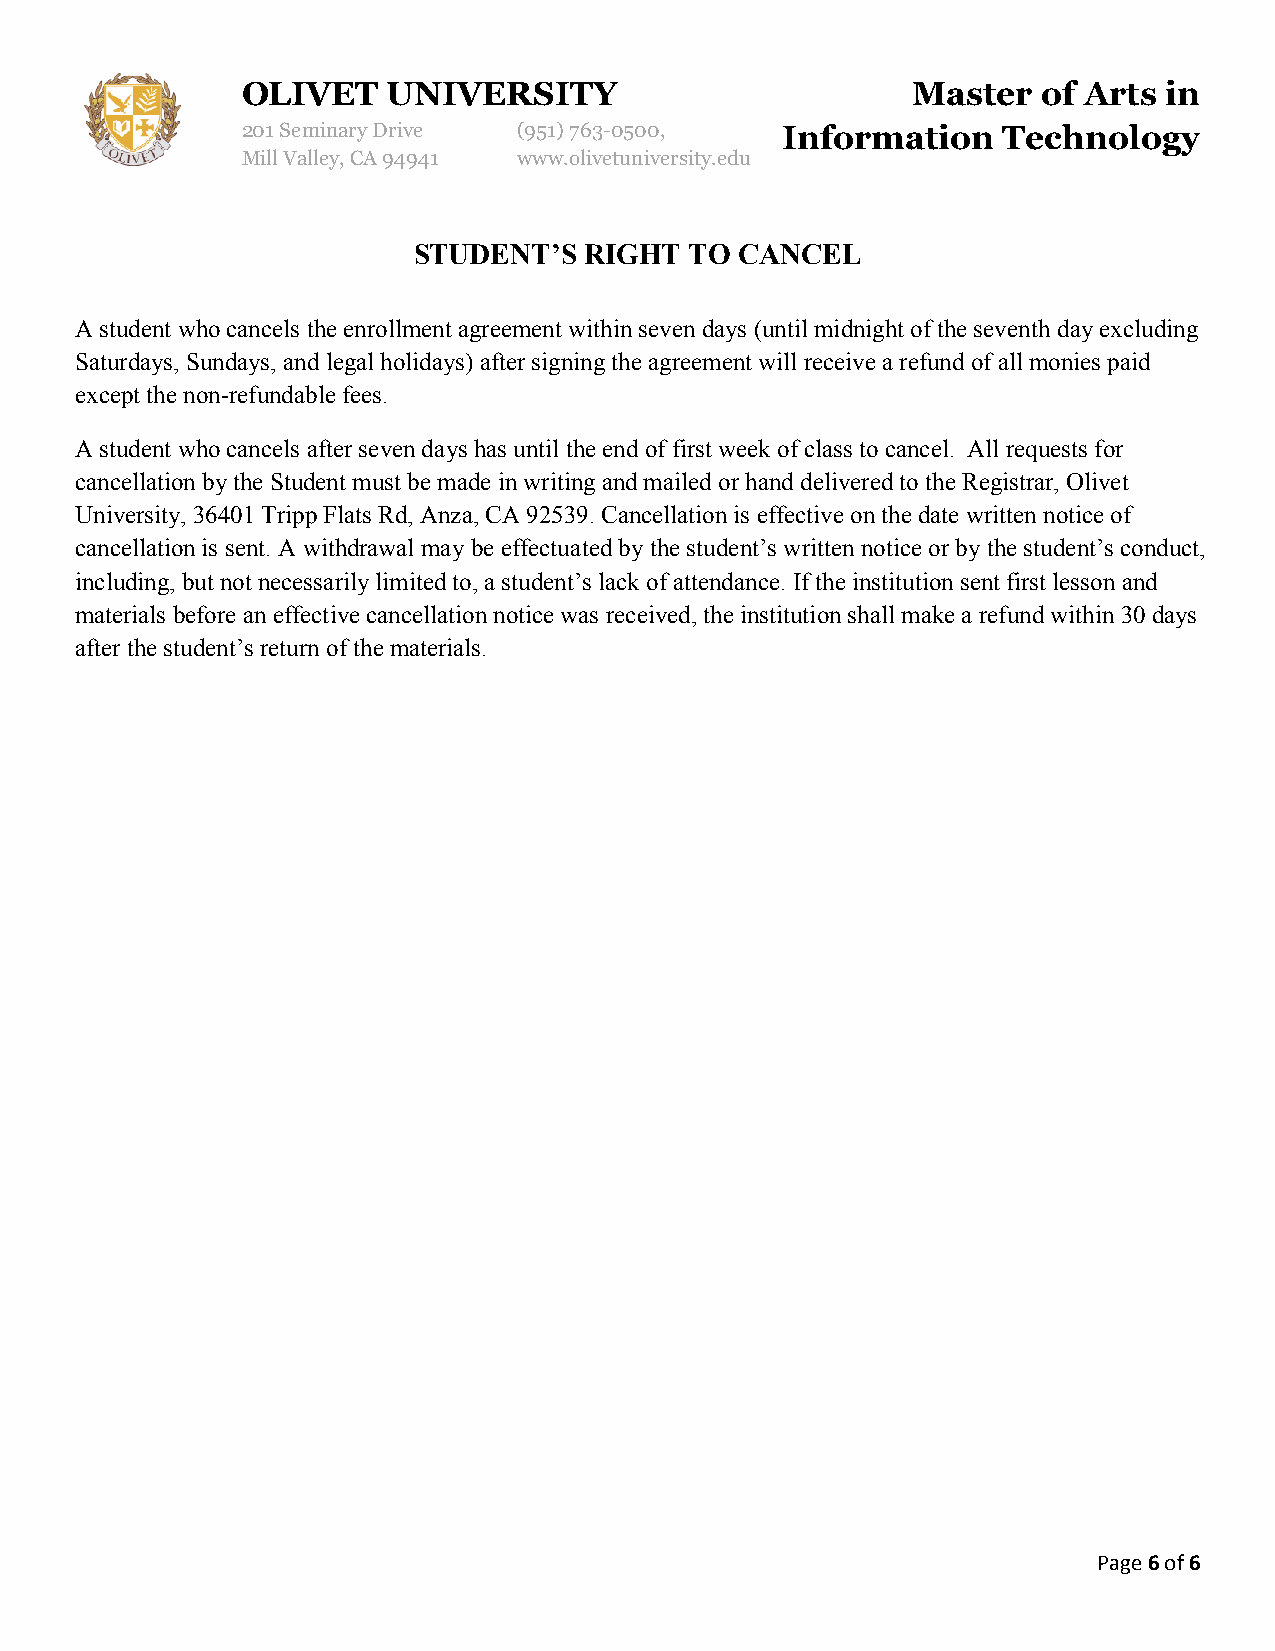
OLIVET    UNIVERSITY                        Master   of Arts in
 201 Seminary Drive (951)763-0500,   Information   Technology
 Mill Valley, CA 94941 www.olivetuniversity.edu
 STUDENT’S   RIGHT  TO CANCEL
 A student who cancels the enrollment agreement within seven days (until midnight of the seventh day excluding
 Saturdays, Sundays, and legal holidays) after signing the agreement will receive a refund of all monies paid
 except the non-refundable fees.
 A student who cancels after seven days has until the end of first week of class to cancel. All requests for
 cancellation by the Student must be made in writing and mailed or hand delivered to the Registrar, Olivet
 University, 36401 Tripp Flats Rd, Anza, CA 92539. Cancellation is effective on the date written notice of
 cancellation is sent. A withdrawal may be effectuated by the student’s written notice or by the student’s conduct,
 including, but not necessarily limited to, a student’s lack of attendance. If the institution sent first lesson and
 materials before an effective cancellation notice was received, the institution shall make a refund within 30 days
 after the student’s return of the materials.
 Page 6 of 6